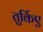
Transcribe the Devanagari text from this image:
तुर्किए